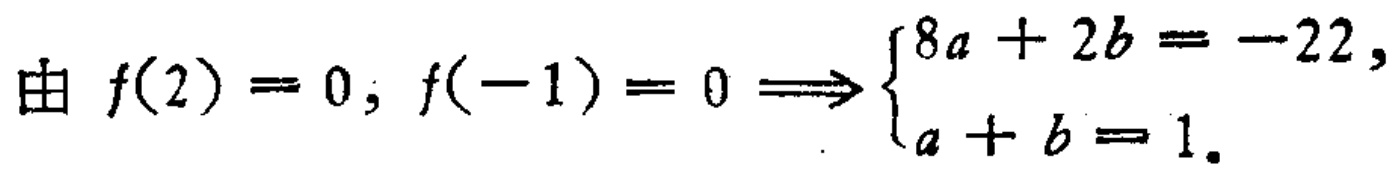
由 \(f(2)=0, f(-1)=0 \Longrightarrow \begin{cases}8a + 2b = -22,\\a + b = 1.\end{cases}\)